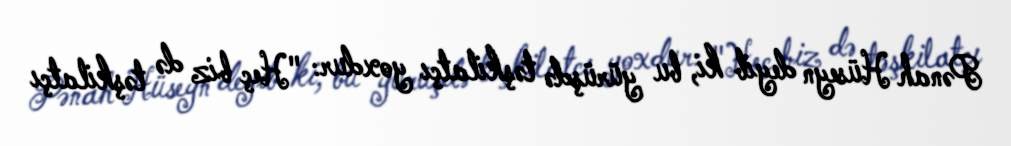
Pənah Hüseyn deyib ki, bu yürüşdə təşkilatçı yoxdur: "Heç biz də təşkilatçı